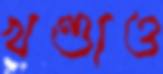
খণ্ডাও